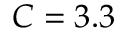
C = 3 . 3